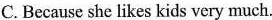
C.Because she likes kids very much.